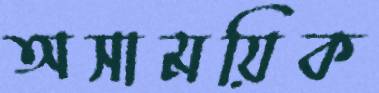
অসাময়িক